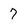
Character: 7